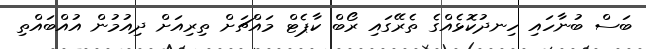
ބަސް ބުނާހައި ހިނދުކޮޅެއްގެ ތެރޭގައި ރޯބް ކާޕެޓް މައްޗަށް ތިރިއަށް ދިއުމުން އުއްބައްތި